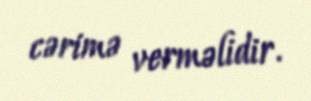
cərimə verməlidir.